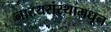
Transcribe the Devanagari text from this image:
नाटयसंस्थामधून